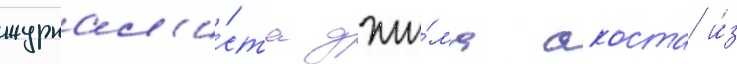
журнал'и́ста джи́ма акоста и́з